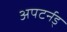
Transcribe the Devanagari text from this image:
अपटर्नड्